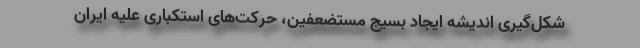
شکل‌گیری اندیشه ایجاد بسیج مستضعفین، حرکت‌های استکباری علیه ایران